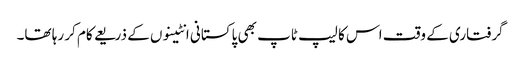
گرفتاری کے وقت اس کا لیپ ٹاپ بھی پاکستانی انٹینوں کے ذریعے کام کر رہا تھا۔